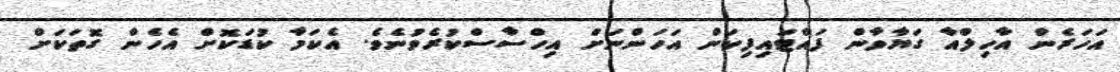
އަހަރެން އާހިލްއާ ގަޔާވާން ފައްޓައިފިކަން އަހަންނަށް އިހްސާސްކުރެވުނެވެ. އެކަމާ ކުޑަކޮށް އެހެން ގޮތަކަށް